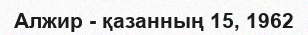
Алжир - қазанның 15, 1962